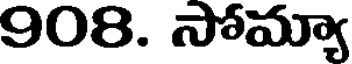
908. సోమ్యా